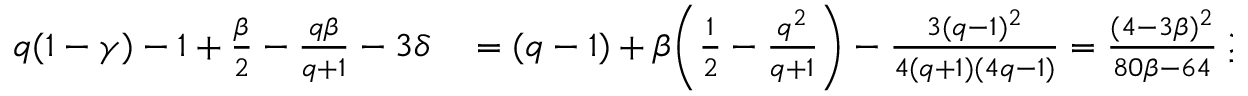
\begin{array} { r l } { q ( 1 - \gamma ) - 1 + \frac { \beta } { 2 } - \frac { q \beta } { q + 1 } - 3 \delta } & { { } = ( q - 1 ) + \beta \biggl ( \frac 1 2 - \frac { q ^ { 2 } } { q + 1 } \biggr ) - \frac { 3 ( q - 1 ) ^ { 2 } } { 4 ( q + 1 ) ( 4 q - 1 ) } = \frac { ( 4 - 3 \beta ) ^ { 2 } } { 8 0 \beta - 6 4 } \geq 0 \, . } \end{array}